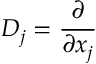
D _ { j } = { \frac { \partial } { \partial x _ { j } } }